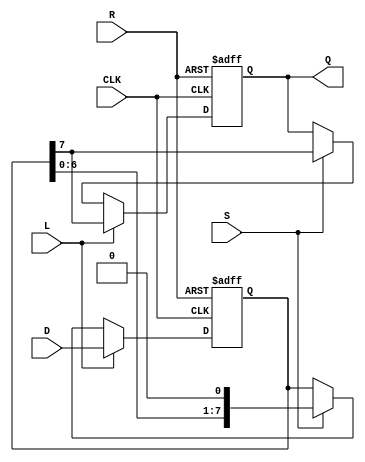
module PISO_Register #(
    parameter WIDTH = 8 // Parameter to define the width of the register
)(
    input  wire [WIDTH-1:0] D, // Data inputs
    input  wire L,             // Load control signal
    input  wire S,             // Shift control signal
    input  wire CLK,           // Clock signal
    input  wire R,             // Reset signal
    output reg  Q              // Serial output
);

    reg [WIDTH-1:0] R_reg; // Internal register to hold data

    always @(posedge CLK or posedge R) begin
        if (R) begin
            // Asynchronous reset
            R_reg <= {WIDTH{1'b0}}; // Clear the register
            Q <= 1'b0; // Reset serial output
        end else if (L) begin
            // Load data when Load signal is high
            R_reg <= D;
            Q <= R_reg[WIDTH-1]; // Output the MSB after loading
        end else if (S) begin
            // Shift data out serially when Shift signal is high
            Q <= R_reg[WIDTH-1]; // Output the MSB
            R_reg <= {R_reg[WIDTH-2:0], 1'b0}; // Shift left, filling with 0
        end
    end

endmodule